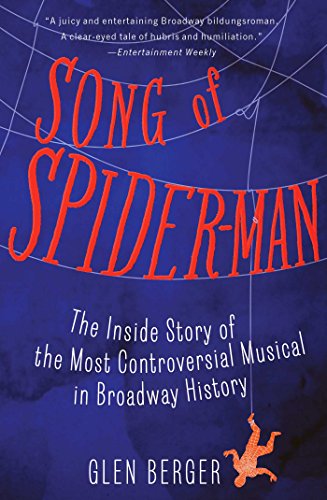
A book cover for Song of Spider-Man: The Inside Story of the Most Controversial Musical in Broadway History; Glen Berger; Biographies & Memoirs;